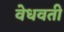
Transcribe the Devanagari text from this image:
वेधवती